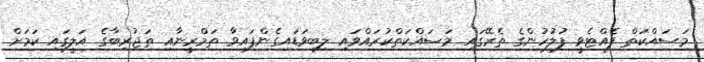
މަސައްކަތް ފެއްޓެވީ ފުލުހުންގެ ތެރޭގައި މަސައްކަތްކުރައްވައި ލިބިވަޑައިގެންފައިވާ ތަމްރީނާއި ތަޖުރިބާގެ އަލީގައި ކަމަށް